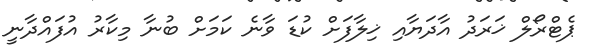
ޕެޓްރޯލް ޚަރަދު އާދަޔާއި ޚިލާފަށް ކުޑަ ވާނެ ކަމަށް ބުނާ މިކާރު އުފައްދާނީ